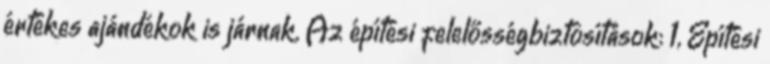
értékes ajándékok is járnak. Az építési felelősségbiztosítások: 1, Építési